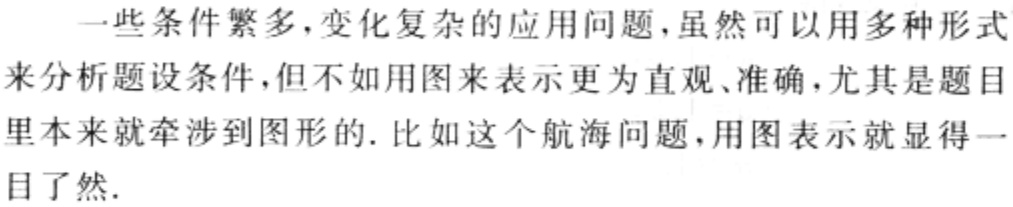
一些条件繁多，变化复杂的应用问题，虽然可以用多种形式来分析题设条件，但不如用图来表示更为直观、准确，尤其是题目里本来就牵涉到图形的. 比如这个航海问题，用图表示就显得一目了然.